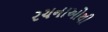
રચનાઓથી